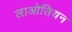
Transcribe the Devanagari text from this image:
लाओतियन